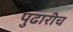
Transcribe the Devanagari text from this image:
पुढारीच